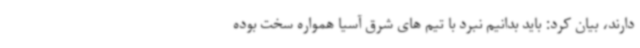
دارند، بیان کرد: باید بدانیم نبرد با تیم های شرق آسیا همواره سخت بوده